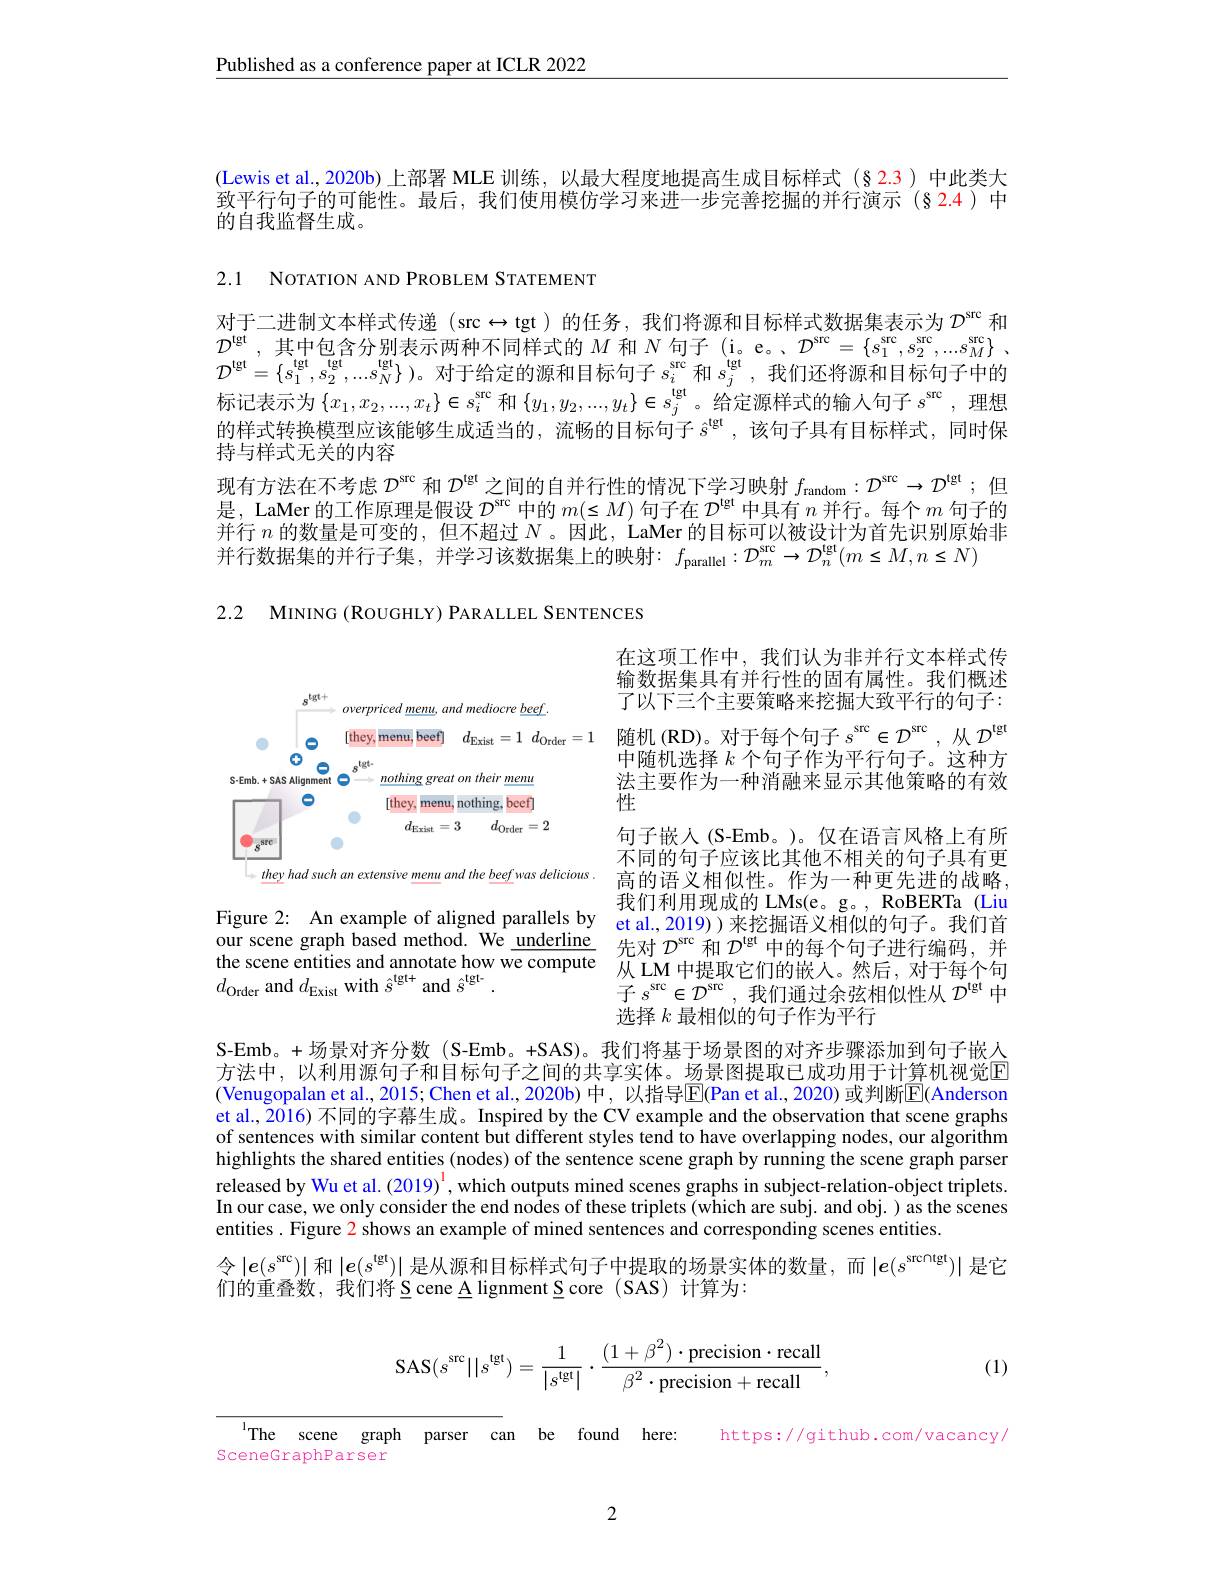
$\underline{\text{Published as a conference paper at ICLR 2022}}$

(Lewis et al.,2020b)上部署 MLE 训练，以最大程度地提高生成目标样式(§ 2.3)中此类大致平行句子的可能性。最后，我们使用模仿学习来进一步完善挖掘的并行演示(§2.4)中的自我监督生成。

2.1 NOTATION AND PROBLEM STATEMENT

对于二进制文本样式传递 (src $\leftrightarrow$tgt)的任务，我们将源和目标样式数据集表示为$\mathcal{D}^\mathrm{src}$和$\mathcal{D}^\mathrm{lgt}$,其中包含分别表示两种不同样式的$M$和$N$句子 (i。e。、$\mathcal{D} ^\mathrm{src}= \{ s_1^\mathrm{src}, s_2^\mathrm{src}, . . . s_M\}$ . $\mathcal{D}^{\mathrm{lgt}}=\{s_{1}^{\mathrm{lgt}},s_{2}^{\mathrm{lgt}},...s_{N}^{\mathrm{lgt}}\})$。对于给定的源和目标句子$s_i^\mathrm{src}$ 和$s_j^\mathrm{tgt}$,我们还将源和目标句子中的标记表示为$\left\{x_1,x_2,...,x_t\right\}\in s_i^\mathrm{src}$和$\left\{y_1,y_2,...,y_t\right\}\in s_j^\mathrm{lgt}$。给定源样式的输人句子 $s^\mathrm{src}$,理想的样式转换模型应该能够生成适当的，流畅的目标句子$\hat{s}^\mathrm{lgt}$,该句子具有目标样式，同时保持与样式无关的内容
现有方法在不考虑$D^\mathrm{src}$和$\mathcal{D}^\mathrm{lgt}$之间的自并行性的情况下学习映射$f_\mathrm{random}:\mathcal{D}^\mathrm{src}\to\mathcal{D}^\mathrm{lgt};$但是，LaMer 的工作原理是假设$\mathcal{D}^\mathrm{src}$中的$m(\leq M)$句子在$\mathcal{D}^\mathrm{lgt}$中具有$n$并行。每个$m$句子的并行$n$的数量是可变的，但不超过$N$ 。因此 , LaMer 的目标可以被设计为首先识别原始非并行数据集的并行子集，并学习该数据集上的映射$:f_{\mathrm{parallel}}:D_{m}^{\mathrm{src}}\to\mathcal{D}_{n}^{\mathrm{tgt}}(m\leq M,n\leq N)$

2.2 MINING (ROUGHLY) PARALLEL SENTENCES

<FigureHere>
they had such an extensive memu and the beef was delicious

在这项工作中，我们认为非并行文本样式传输数据集具有并行性的固有属性。我们概述了以下三个主要策略来挖掘大致平行的句子： 随机(RD)。对于每个句子$s^\mathrm{src}\in\mathcal{D}^\mathrm{src}$,从$\mathcal{D}^\mathrm{tgt}$ 中随机选择$k$个句子作为平行句子。这种方法主要作为一种消融来显示其他策略的有效性
句子嵌入(S-Emb。)。仅在语言风格上有所不同的句子应该比其他不相关的句子具有更高的语义相似性。作为一种更先进的战略， 我们利用现成的 LMs(e。g。, RoBERTa (Liu
Figure 2: An example of aligned parallels by et al., 2019))来挖掘语义相似的句子。我们首our scene graph based method. We $\underline {\text{underline}}$ 先对 $\mathcal{D}^\mathrm{src}$和 $\mathcal{D}^\mathrm{lgt}$中的每个句子进行编码，并
从 LM 中提取它们的嵌人。然后，对于每个句子$s^\mathrm{src}\in\mathcal{D}^\mathrm{src}$,我们通过余弦相似性从$\mathcal{D}^\mathrm{tgt}$中选择$k$最相似的句子作为平行

the scene entities and annotate how we compute
$d_{\mathrm{Order}}$ and $d_\mathrm{Exist}$ with $\hat{s}^\mathrm{tgt+}$ and $\hat{s}^\mathrm{tgt-}.$

S-Emb。+场景对齐分数(S-Emb。+SAS)。我们将基于场景图的对齐步骤添加到句子嵌人方法中，以利用源句子和目标句子之间的共享实体。场景图提取已成功用于计算机视觉$\color{red}{\mathrm{E}}$ (Venugopalan et al., 2015; Chen et al., 2020b)中，以指导$\overline{\mathrm{E}}($Pan et al., 2020) 或判断$\overline{\mathrm{E}}($Anderson et al., 2016) 不同的字幕生成。Inspired by the CV example and the observation that scene graphs of sentences with similar content but different styles tend to have overlapping nodes, our algorithm highlights the shared entities (nodes) of the sentence scene graph by running the scene graph parser released by Wu et al. (2019)$^{\mathrm{l}}$, which outputs mined scenes graphs in subject-relation-object triplets.In our case, we onlv consider the end nodes of these triplets (which are subi. and obi. ) as the scenes entities. Figure 2 shows an example of mined sentences and corresponding scenes entities.
令$|e(s^\mathrm{src})|$ 和 $|e(s^\mathrm{tgt})|$ 是从源和目标样式句子中提取的场景实体的数量，而$|e(s^\mathrm{srcntgt})|$ 是它
们的重叠数，我们将 S cene A lignment S core (SAS) 计算为：
$$\mathrm{SAS}(s^{\mathrm{src}}||s^{\mathrm{tgt}})=\frac{1}{\left|s^{\mathrm{tgt}}\right|}\cdot\frac{(1+\beta^{2})\cdot\mathrm{precision}\cdot\mathrm{recall}}{\beta^{2}\cdot\mathrm{precision}+\mathrm{recall}},$$
(1)

IThe scene graph parser can be found here: https://github.com/vacancy,

SceneGraphParser

2